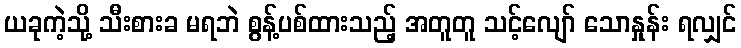
ယခုကဲ့သို့ သီးစားခ မရဘဲ စွန့်ပစ်ထားသည့် အတူတူ သင့်လျော် သောနှုန်း ရလျှင်